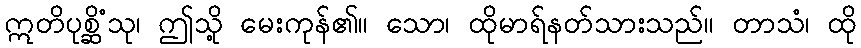
ဣတိပုစ္ဆိံသု၊ ဤသို့ မေးကုန်၏။ သော၊ ထိုမာရ်နတ်သားသည်။ တာသံ၊ ထို